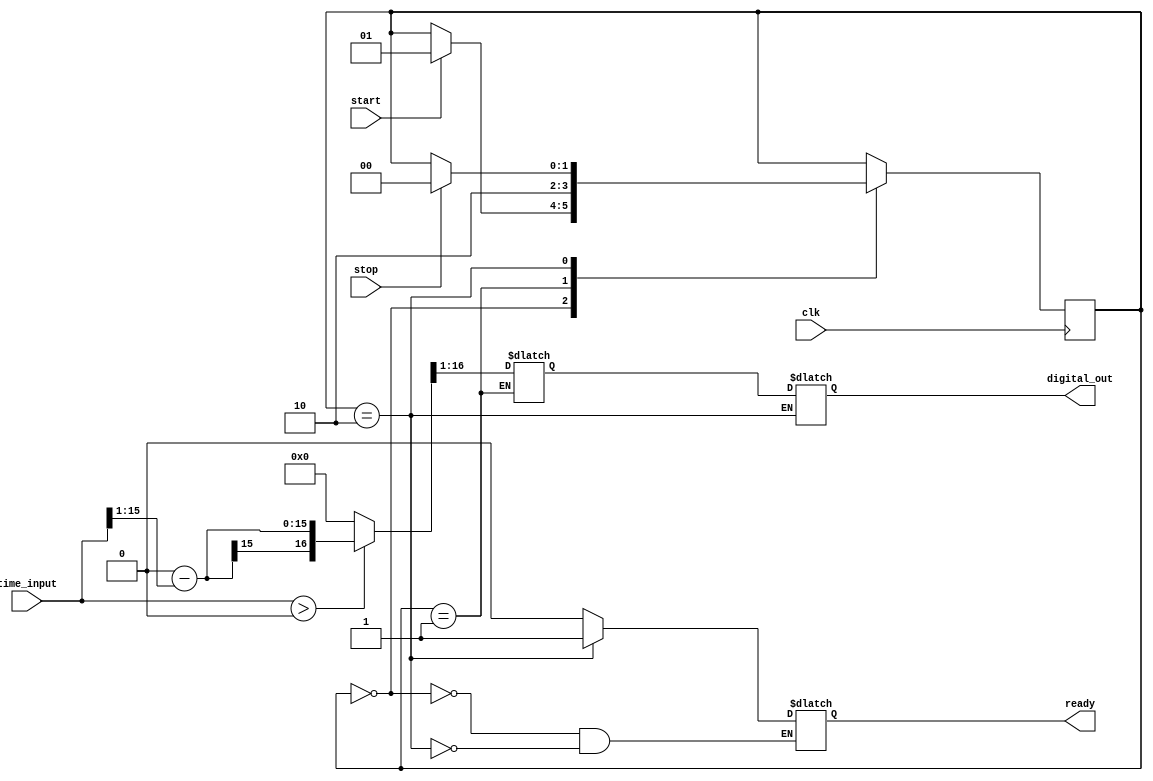
module LogarithmicTDC (
    input wire clk,               // High-frequency clock
    input wire start,             // Start signal
    input wire stop,              // Stop signal
    input wire [15:0] time_input, // Time interval input
    output reg [15:0] digital_out, // Digital output
    output reg ready               // Indicates output is ready
);

// State encoding
parameter IDLE = 2'b00, MEASURE = 2'b01, OUTPUT = 2'b10;

reg [1:0] state, next_state;
reg [31:0] log_value; // Logarithmic converted value
reg [31:0] scaling_factor = 32'h00000001; // Example scaling factor

// Logarithmic conversion using lookup table or approximation
function [31:0] log2;
    input [15:0] x;
    begin
        // Simple approximation or lookup table can go here
        // For illustrative purposes, using an approximate logarithm function
        log2 = (x > 0) ? (32'h1F800000 - (x >> 1)) : 0; // Example implementation
    end
endfunction

// State machine for control logic
always @(posedge clk) begin
    state <= next_state;
end

always @(*) begin
    next_state = state;
    case(state)
        IDLE: begin
            ready = 0;
            if (start) next_state = MEASURE;
        end
        MEASURE: begin
            // Logarithmic conversion
            log_value = log2(time_input) >> 1; // Adjusting for precision/scaling
            next_state = OUTPUT;
        end
        OUTPUT: begin
            digital_out = log_value[15:0]; // Assuming we want the lower 16 bits
            ready = 1; // Signal ready output
            if (stop) next_state = IDLE;
        end
    endcase
end

endmodule